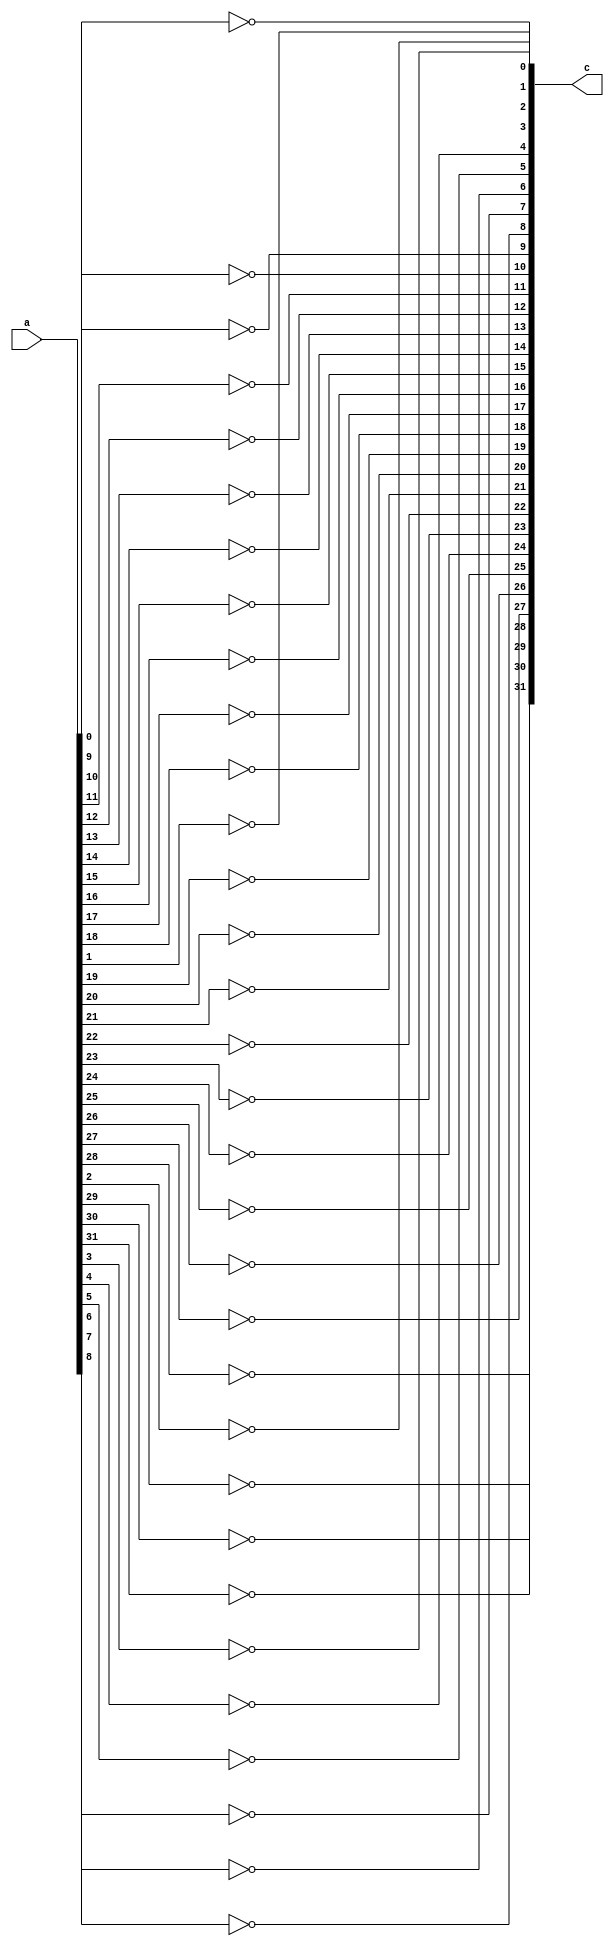
module NOT(
    input [31:0]a,
    output [31:0]c
    );
    genvar i;
    generate for(i=0;i<32;i=i+1) begin
        not a1 (c[i],a[i]);
    end
    endgenerate
endmodule